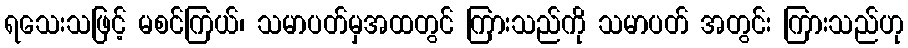
ရသေးသဖြင့် မစင်ကြယ်၊ သမာပတ်မှအထတွင် ကြားသည်ကို သမာပတ် အတွင်း ကြားသည်ဟု